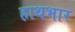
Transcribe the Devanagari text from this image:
हाथभार